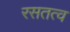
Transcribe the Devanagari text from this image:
रसतत्व